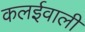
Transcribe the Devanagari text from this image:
कलईवाली